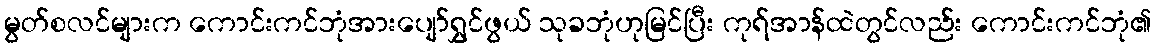
မွတ်စလင်များက ကောင်းကင်ဘုံအားပျော်ရွှင်ဖွယ် သုခဘုံဟုမြင်ပြီး ကုရ်အာန်ထဲတွင်လည်း ကောင်းကင်ဘုံ၏